Rangoon Lunatic Asylum 1898-1906 - 1898-1906
Year: 1898
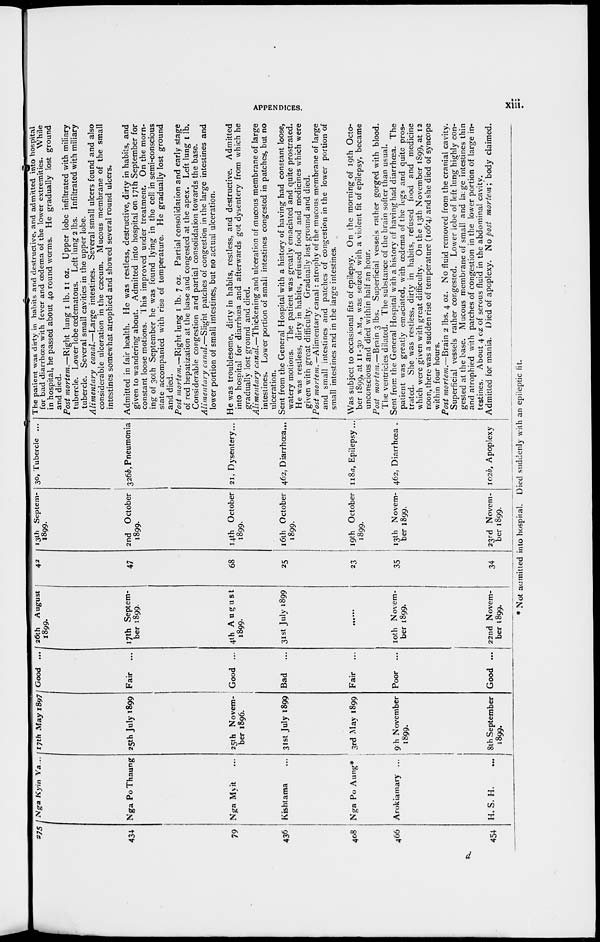
APPENDICES.
xiii.
275
434
79
436
408
466
454
Nga Kyin Ya...
Nga Po Thaung
Nga Myit ...
Kishtama ...
Nga Po Aung*
Arokiamary ...
H. S. H.
...
17th May 1897
25th July 1899
25th Novem-
ber 1896.
31st July 1899
3rd May 1899
9th November
1899.
8th September
1899.
Good ...
Fair ...
Good ...
Bad
...
Fair ...
Poor ...
Good ...
26th August
1899.
17th Septem-
ber 1899.
4th August
1899.
31st July 1899
......
10th Novem-
ber 1899.
22nd Novem-
ber 1899.
42
47
68
25
23
35
34
13th Septem-
1899.
2nd October
1899.
14th October
1899.
16th October
1899.
19th October
1899.
13th Novem-
ber 1899.
23rd Novem-
ber 1899.
30, Tubercle ...
326b, Pneumonia
21, Dysentery...
462, Diarrhoea...
118a, Epilepsy...
462, Diarrhœa .
102b, Apoplexy
The patient was dirty in habits and destructive, and admitted into hospital
for bad diarrhœa with fever and œdema of the lower extremities. While
in hospital, he passed about 40 round worms. He gradually lost ground
and died.
Post mortem.—Right
lung 1 lb. 11 oz. Upper lobe infiltrated with miliary
tubercle. Lower lobe œdematous. Lett lung 2 lbs. Infiltrated with miliary
tubercle. Several small cavities in the upper lobe.
Alimentary
canal.—Large intestines. Several small ulcers found and also
considerable ulceration in the caecum. Mucous membrane of the small
intestines somewhat atrophied and showed several round ulcers.
Admitted in fair health. He was restless, destructive, dirty in habits, and
given to wandering about. Admitted into hospital on 17th September for
constant loose motions. This improved under treatment. On the morn-
ing of 30th September he was found lying in the cell in semi-conscious
state accompanied with rise of temperature. He gradually lost ground
and died.
Post mortem.—Right lung 1 lb. 7 oz. Partial consolidation and early stage
of red hepatization at the base and congested at the apex. Left lung 1 lb.
Considerable congestion and partial consolidation towards the base.
Alimentary canal.—Slight patches of congestion in the large intestines and
lower portion of small intestines, but no actual ulceration.
He was troublesome, dirty in habits, restless, and destructive. Admitted
into hospital for diarrhoea and afterwards got dysentery from which he
gradually lost ground and died.
Alimentary canal.—Thickening and ulceration of mucous membrane of large
intestines. Lower portion of small intestines congested in patches, but no
ulceration.
Sent from the General Hospital with a history of having had constant loose,
watery motions. The patient was greatly emaciated and quite prostrated.
He was restless, dirty in habits, refused food and medicines which were
given with great difficulty. Gradually lost ground and died.
Post mortem.— Alimentary canal: atrophy of the mucous membrane of large
and small intestines and patches of congestion in the lower portion of
small intestines and in the large intestines.
Was subject to occasional fits of epilepsy. On the morning of 19th Octo-
ber 1899, at 11-30 a.m., was seized with a violent fit of epilepsy, became
unconscious and died within half an hour.
Post mortem.—Brain 3 lbs. Superficial vessels rather gorged with blood.
The ventricles dilated. The substance of the brain softer than usual.
Sent from the General Hospital with a history of having had diarrhoea. The
patient was greatly emaciated, with oedema of the legs and quite pros-
trated. She was restless, dirty in habits, refused food and medicine
which were given with great difficulty. On the 13th November 1899, at 12
noon, there was a sudden rise of temperature (106.4; and she died of syncope
within four hours.
Post mortem.—Brain 2 lbs. 4 oz. No fluid removed from the cranial cavity.
Superficial vessels rather congested. Lower lobe of left lung highly con-
gested at the base. Mucous membrane of small and large intestines thin
and atrophied with patches of congestion in the lower portion of large in-
testines. About 4 oz of serous fluid in the abdominal cavity.
Admitted for mania. Died of apoplexy. No post mortem; body claimed.
* Not admitted into hospital. Died suddenly with an epileptic fit.
d